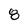
Character: 8